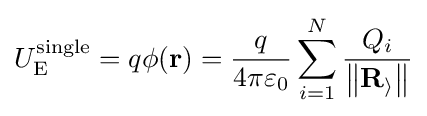
U_{\mathrm {E} }^{\text{single}}=q\phi (\mathbf {r} )={\frac {q}{4\pi \varepsilon _{0}}}\sum _{i=1}^{N}{\frac {Q_{i}}{\left\|{\mathcal {\mathbf {R} _{i}}}\right\|}}